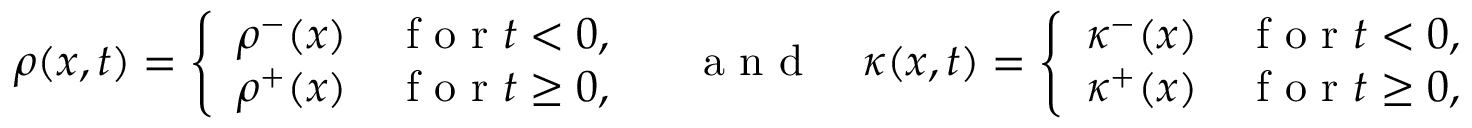
\begin{array} { r } { \rho ( x , t ) = \left\{ \begin{array} { l l } { \rho ^ { - } ( x ) } & { \mathrm { ~ f ~ o ~ r ~ } t < 0 , } \\ { \rho ^ { + } ( x ) } & { \mathrm { ~ f ~ o ~ r ~ } t \geq 0 , } \end{array} \right. \quad \mathrm { ~ a ~ n ~ d ~ } \quad \kappa ( x , t ) = \left\{ \begin{array} { l l } { \kappa ^ { - } ( x ) } & { \mathrm { ~ f ~ o ~ r ~ } t < 0 , } \\ { \kappa ^ { + } ( x ) } & { \mathrm { ~ f ~ o ~ r ~ } t \geq 0 , } \end{array} \right. } \end{array}